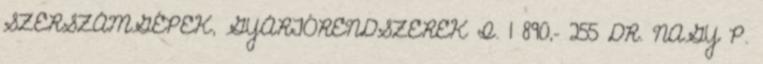
SZERSZÁMGÉPEK, GYÁRTÓRENDSZEREK I. 1 890,- 255 DR. NAGY P.